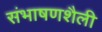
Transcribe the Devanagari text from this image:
संभाषणशैली